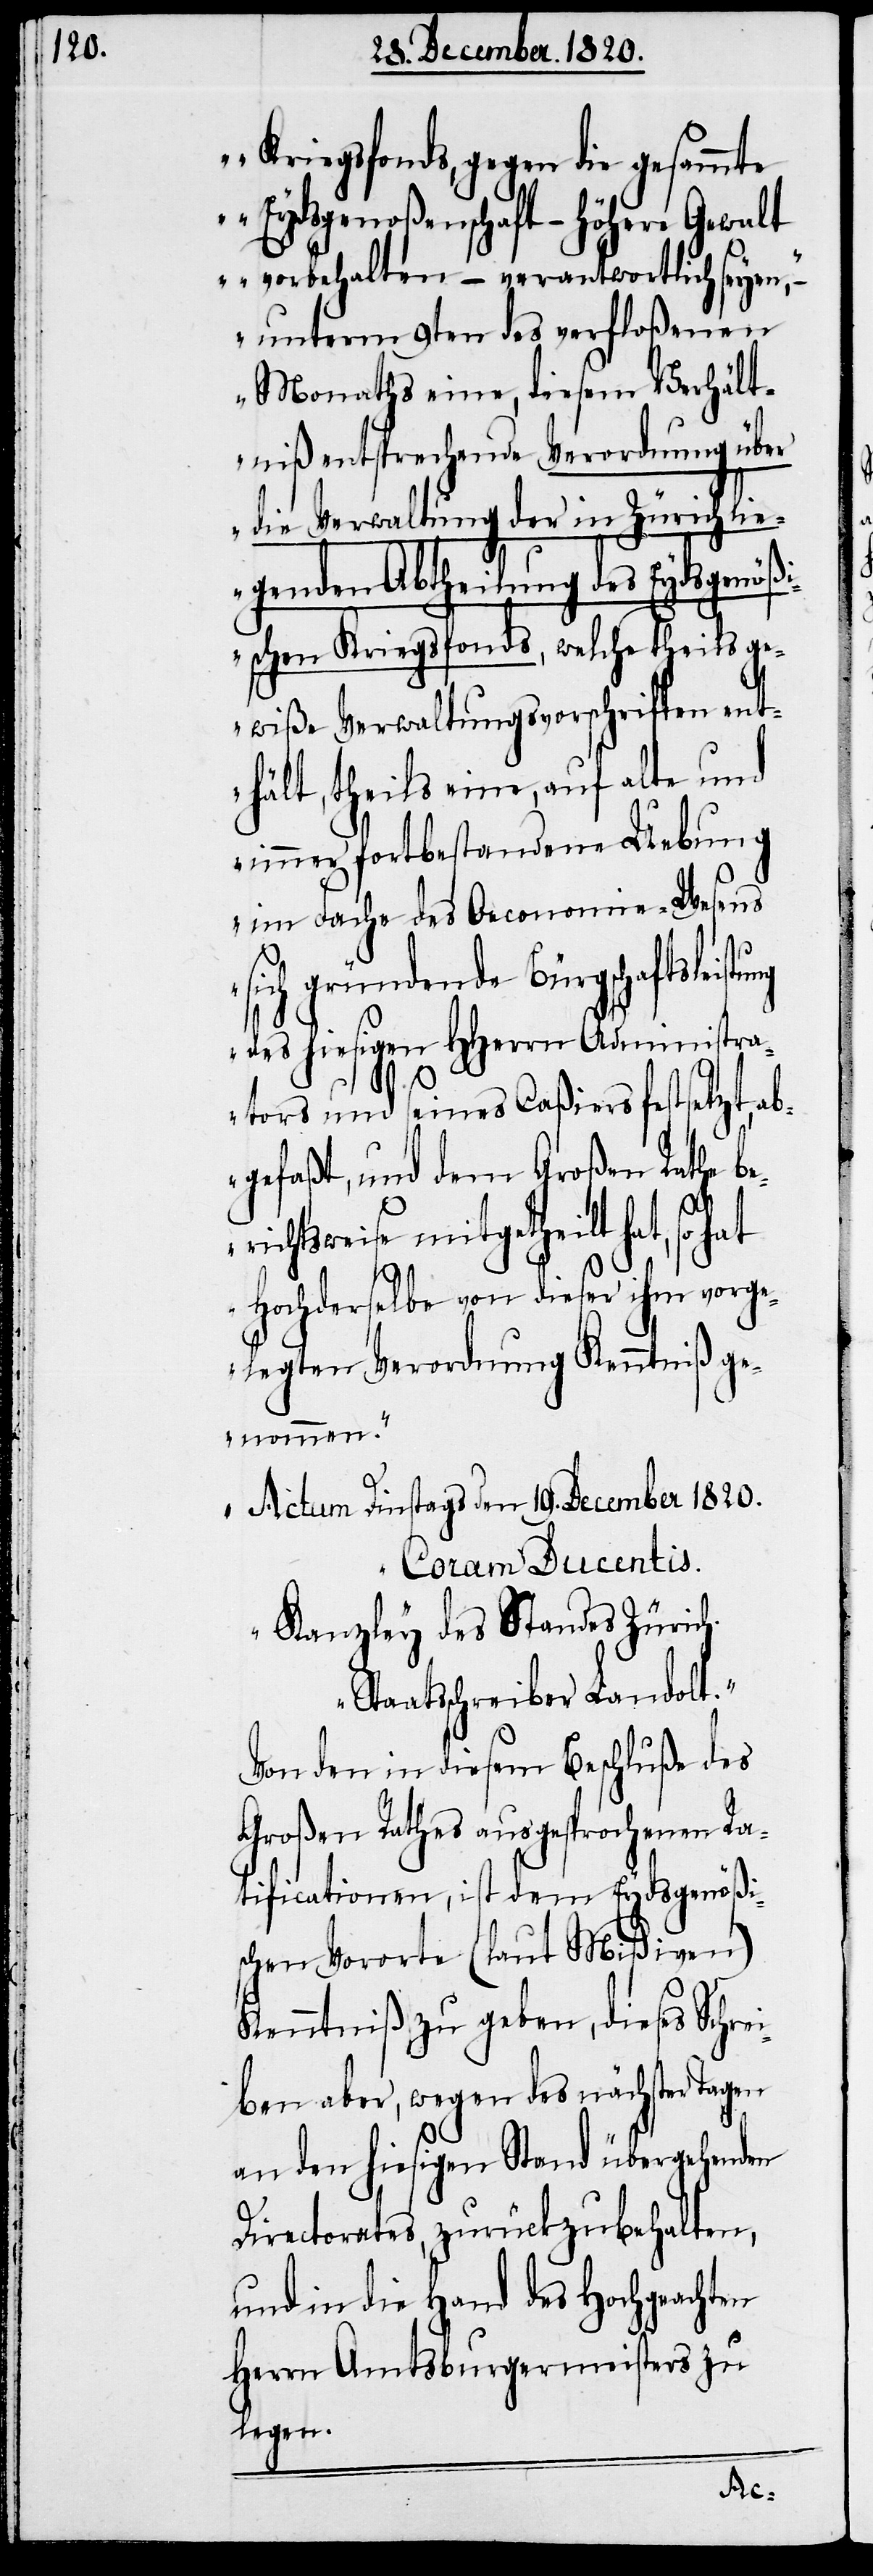
Kriegsfonds, gegen die gesammte
Eydsgenoßenschaft – höhere Gewalt
vorbehalten – verantwortlich seyen,‘
unterm 9ten des verfloßenen
Monaths eine, diesem Verhält¬
niß entsprechende Verordnung über
die Verwaltung der in Zürich lie¬
genden Abtheilung des Eydsgenößi¬
schen Kriegsfonds, welche theils ge¬
wiße Verwaltungsvorschriften ent¬
hält, theils eine, auf alte und
immer fortbestandene Uebung
im Fache des Oeconomie-Wesens
sich gründende Bürgschaftslei¬
des hiesigen HHerrn Administra¬
tors und seines Caßiers festsetzt, ab¬
gefaßt, und dem Großen Rathe be¬
richtsweise mitgetheilt hat, so
Hochderselbe von dieser ihm vorge¬
legten Verordnung Kenntniß ge¬
nommen.
Actum Dinstags den 19. December 1820.
Coram Ducentis.
Kanzley des Standes Zürich.
Staatsschreiber Landolt.“
Von den in diesem Beschluße des
Großen Rathes ausgesprochenen Ra¬
tificationen, ist dem Eydsgenößis¬
chen Vororte (laut Mißiven)
Kenntniß zu geben, dieses Schre¬
iben aber, wegen des nächster Tagen
an den hiesigen Stand übergehenden
Directorates, zurückzubehalten,
und in die Hand des Hochgeachten
Herrn Amtsburgermeisters zu
legen.
stung